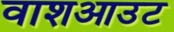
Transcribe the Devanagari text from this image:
वाशआउट